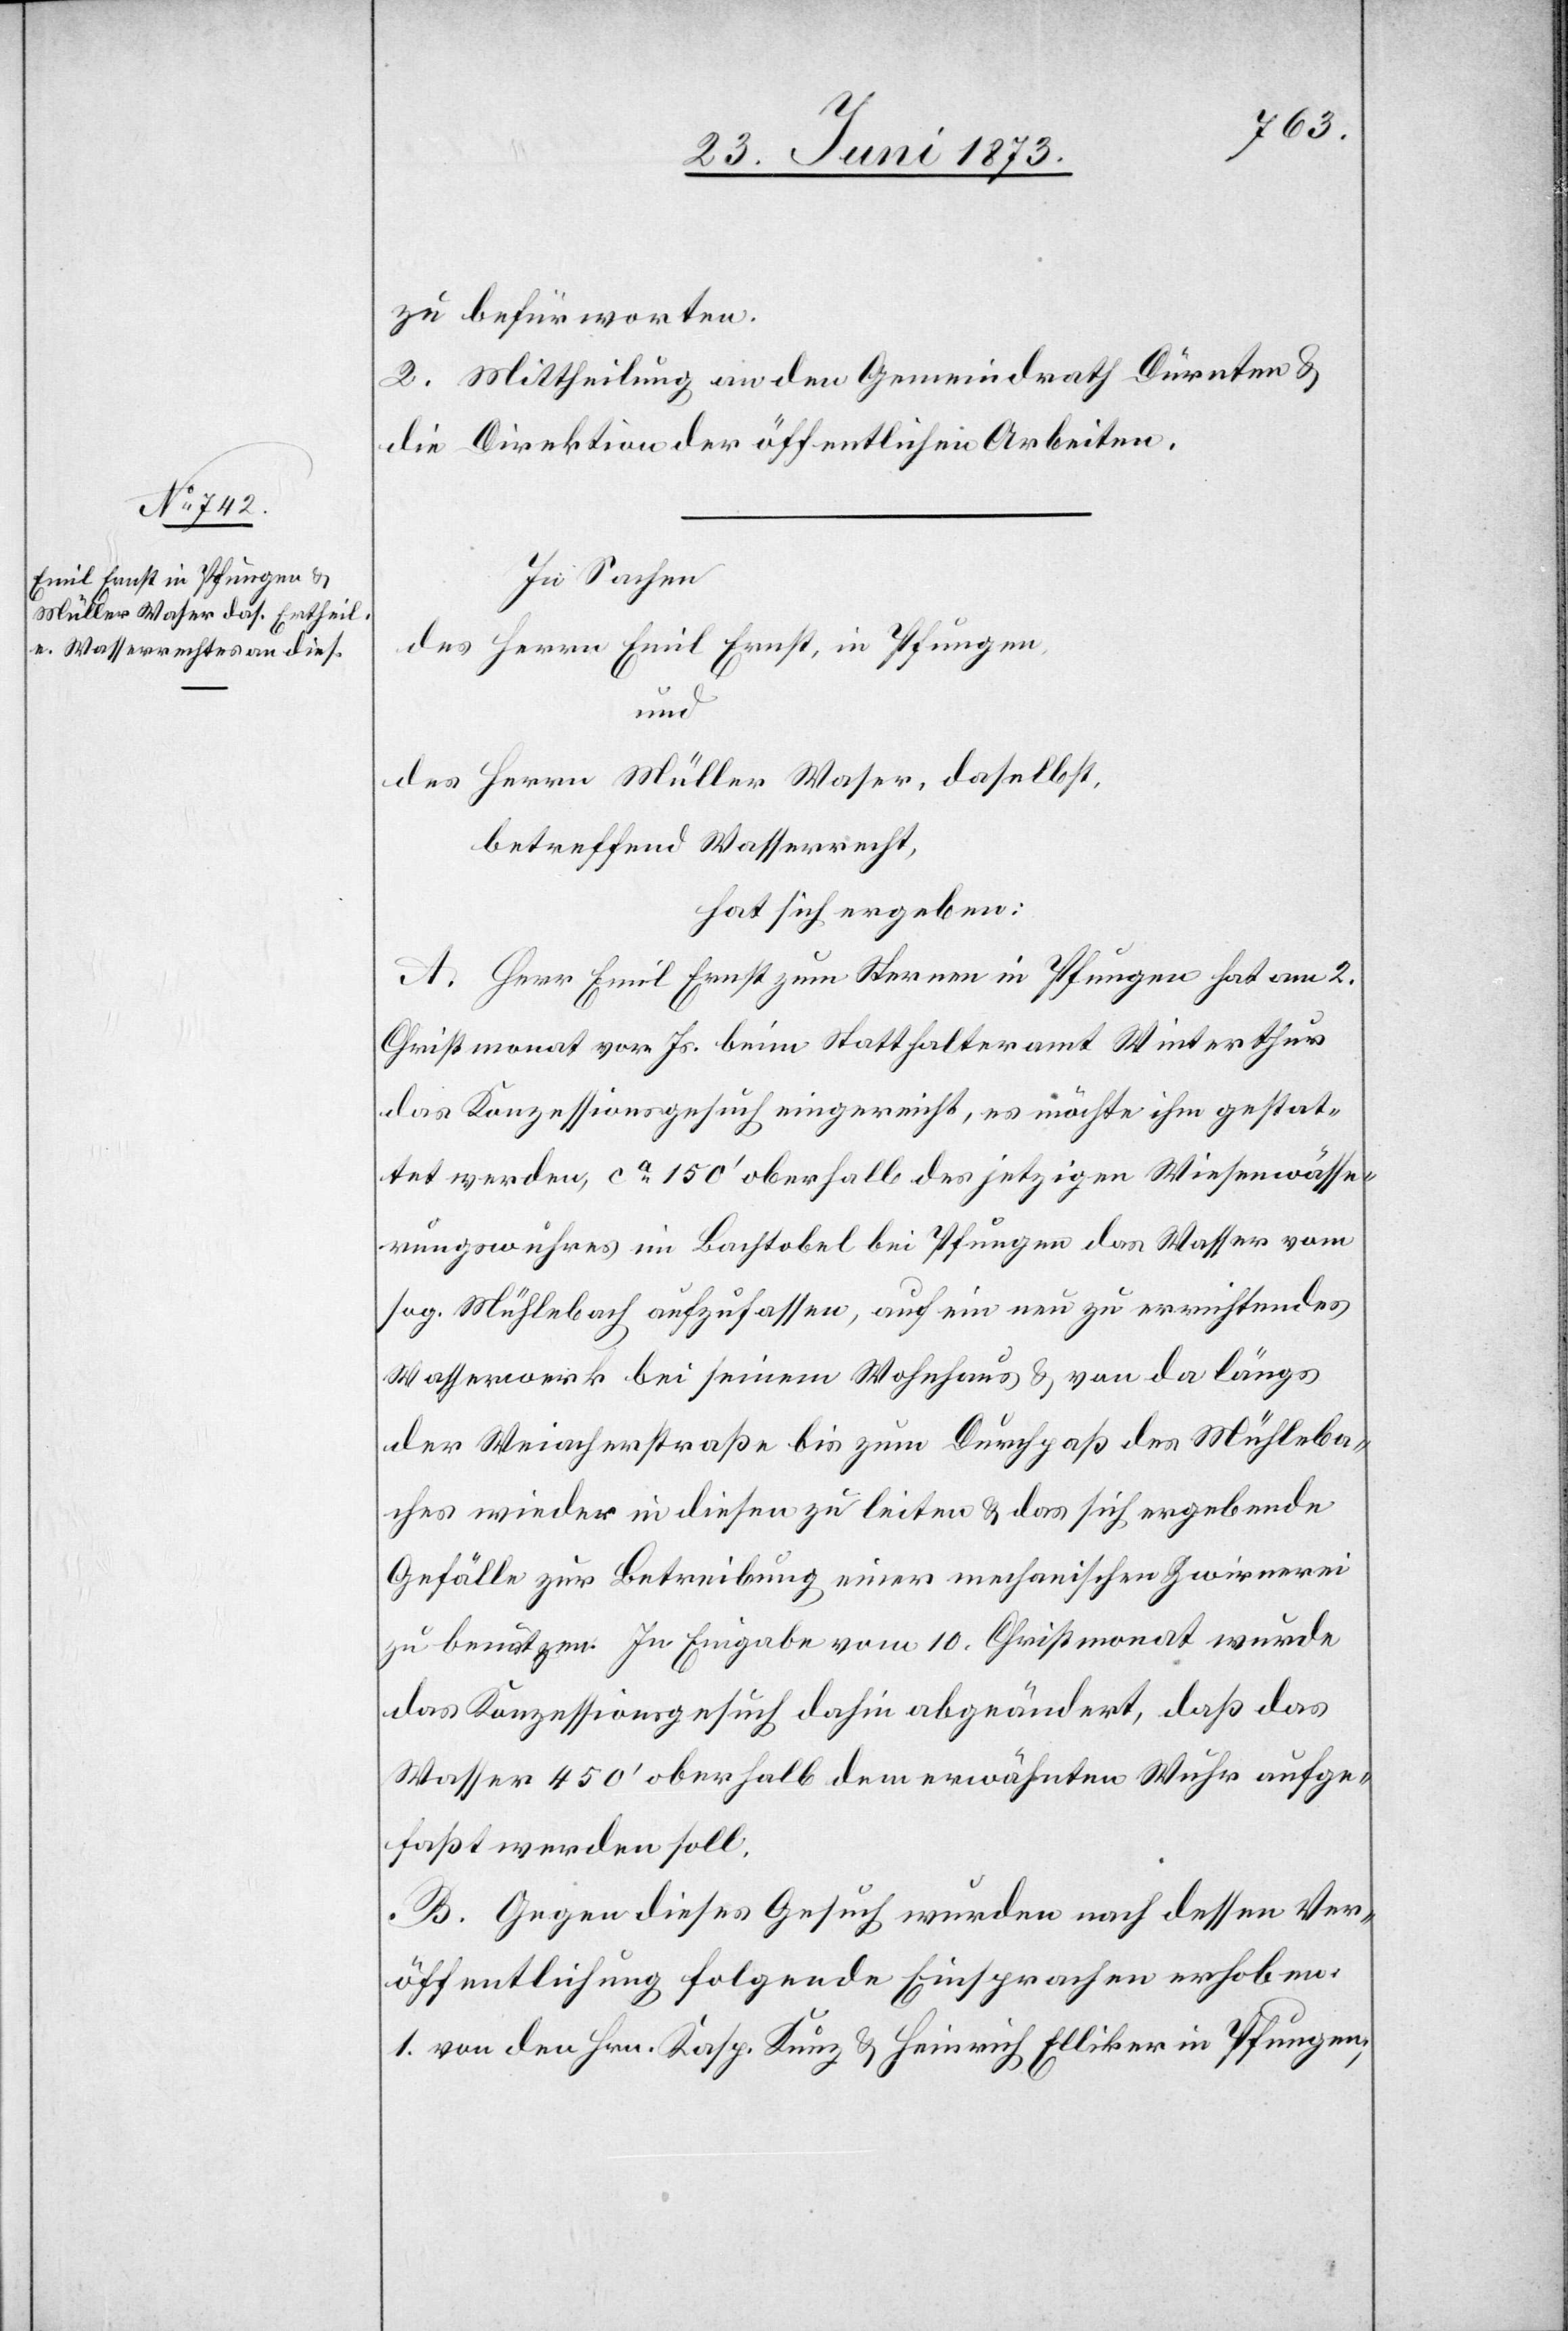
zu befürworten.
2. Mittheilung an den Gemeindrath Dürnten &
die Direktion der öffentlichen Arbeiten.
In Sachen
des Herrn Emil Ernst, in Pfungen,
in
des Herrn Müller Waser, daselbst,
betreffend Wasserrecht,
hat sich ergeben:
A. Herr Emil Ernst zum Sternen in Pfungen hat am 2.
Christmonat vor. Js. beim Statthalteramt Winterthur
das Konzessionsgesuch eingereicht, es möchte ihm gestat¬
tet werden, ca 150‘ oberhalb des jetzigen Wiesenwässe¬
rungswuhres im Bachtobel bei Pfungen das Wasser vom
sog. Mühlebach aufzufassen, auf ein neu zu errichtendes
Wasserwerk bei seinem Wohnhaus & von da längs
der Weiacherstraße bis zum Durchpaß des Mühleba¬
ches wieder in diesen zu leiten & das sich ergebende
Gefälle zur Betreibung einer mechanischen Zwirnerei
zu benutzen. In Eingabe vom 10. Christmonat wurde
das Konzessionsgesuch dahin abgeändert, daß das
Wasser 450‘ oberhalb dem erwähnten Wuhr aufge¬
faßt werden soll.
B. Gegen dieses Gesuch wurden nach dessen Ver¬
öffentlichung folgende Einsprachen erhoben: